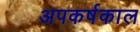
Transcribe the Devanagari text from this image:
अपकर्षकाल